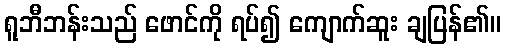
ရူဘီဘန်းသည် ဖောင်ကို ရပ်၍ ကျောက်ဆူး ချပြန်၏။